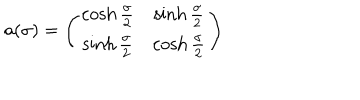
LaTeX: a ( \sigma ) = \left( \begin{array} { c c } { { \cosh \frac { \sigma } { 2 } } } & { { \sinh \frac { \sigma } { 2 } } } \\ { { \sinh \frac { \sigma } { 2 } } } & { { \cosh \frac { \sigma } { 2 } } } \\ \end{array} \right)